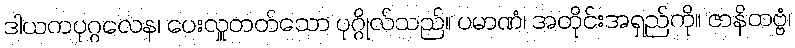
ဒါယကပုဂ္ဂလေန၊ ပေးလှူတတ်သော ပုဂ္ဂိုလ်သည်။ ပမာဏံ၊ အတိုင်းအရှည်ကို။ ဇာနိတဗ္ဗံ၊